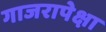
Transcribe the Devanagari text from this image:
गाजरापेक्षा